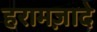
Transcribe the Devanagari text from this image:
हरामज़ादे